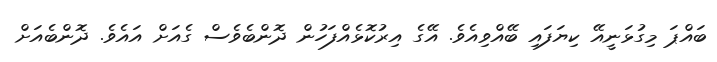
ބައްޕަ މިގުޅަނީއޭ ކިޔަފައި ބޭއްވިއެވެ. އޭގެ އިރުކޮޅެއްފަހުން ދޮންބެވެސް ގެއަށް އައެވެ. ދޮންބެއަށް